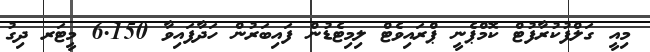
މިއީ ގަލްފުކުރާފުޓް ކޮމްޕެނީ ޕްރައިވެޓް ލިމިޓެޑުން ފައިބަރުން ހަދާފައިވާ 6.150 މީޓަރ ދިގު